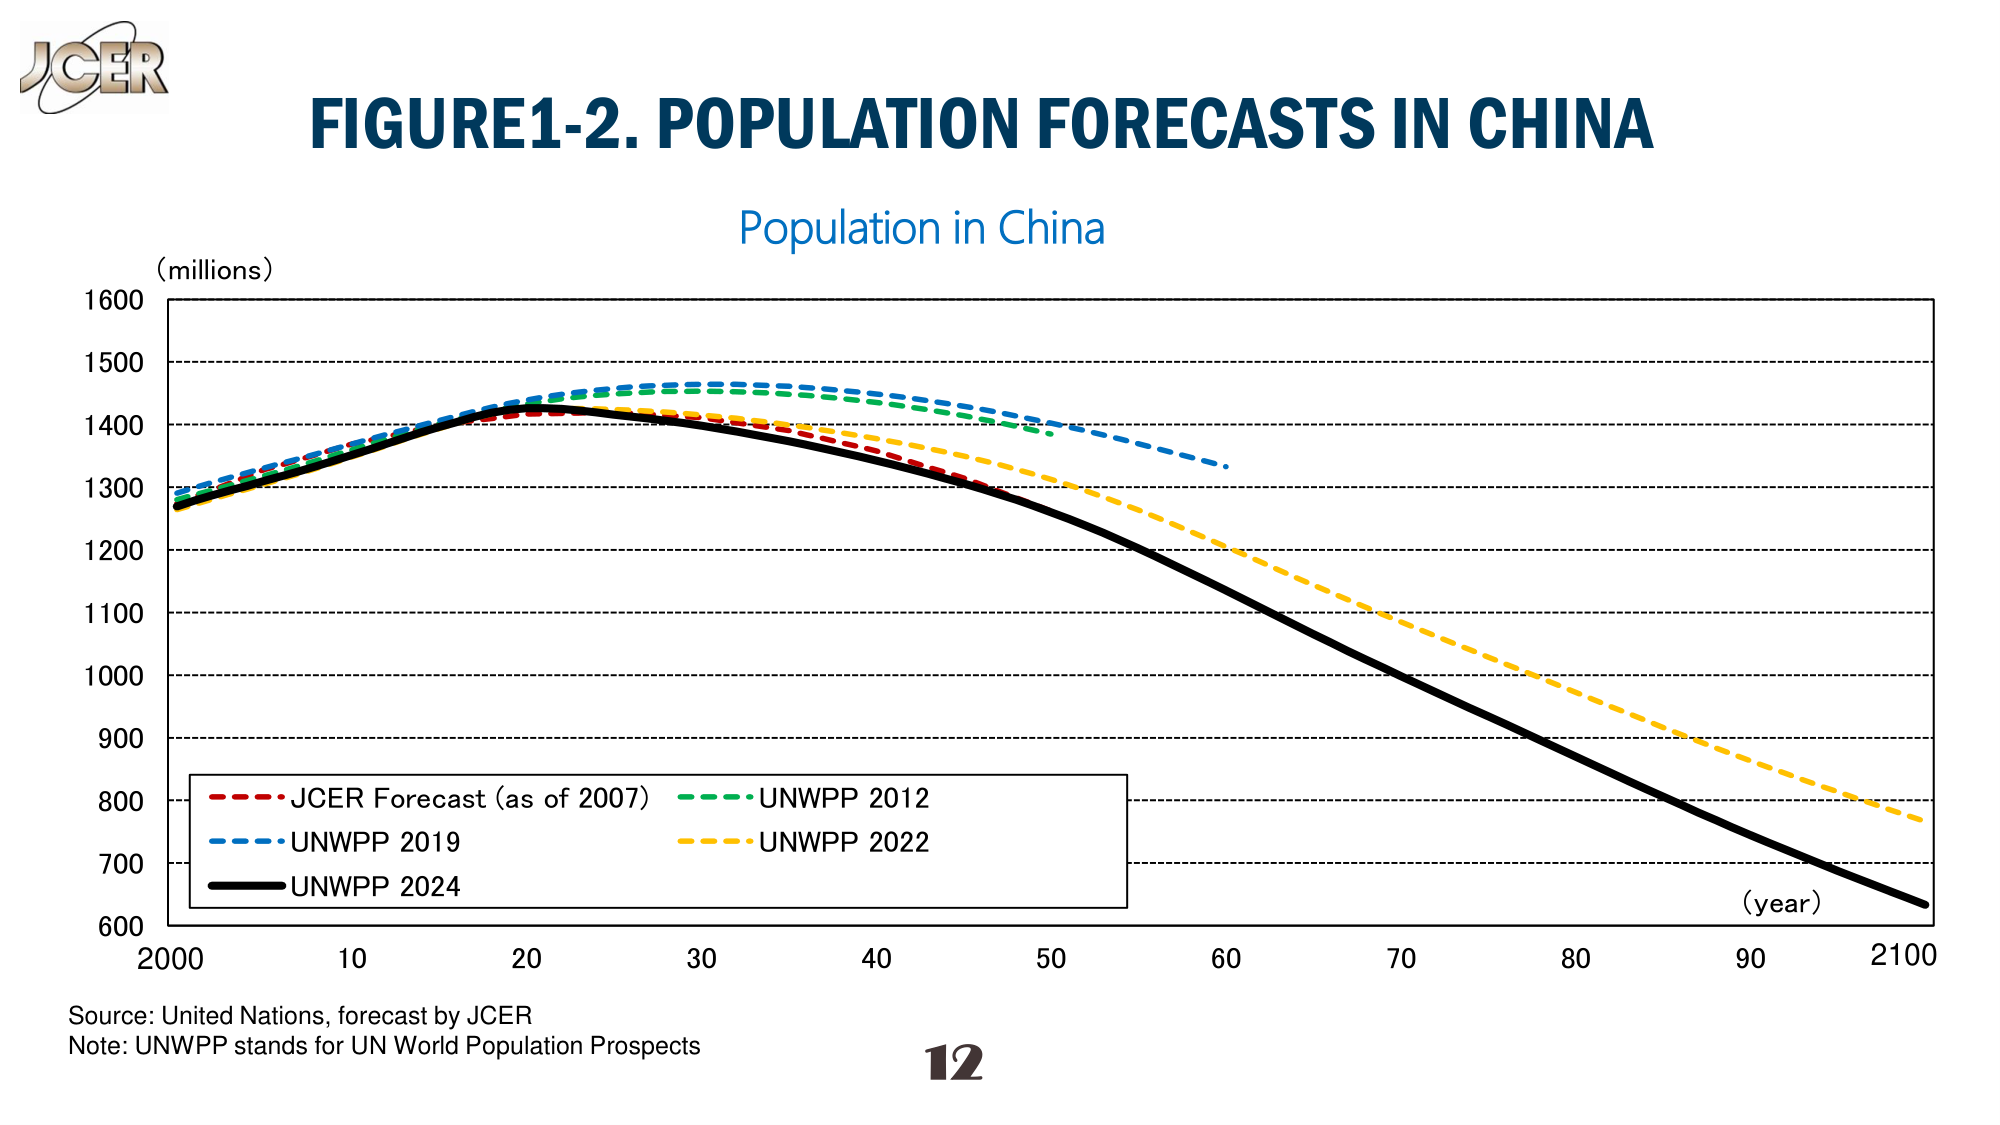
JGER
FIGURE1-2. POPULATION FORECASTS IN CHINA
Population in China
(millions)
1600
1500
1400
1300
1200
1100
1000
900
800
700
600
2000 10 20 30 40 50 60 70 80 90 2100
(year)
- JGER Forecast (as of 2007)
- UNWPP 2012
- UNWPP 2019
- UNWPP 2022
- UNWPP 2024
Source: United Nations, forecast by JGER
Note: UNWPP stands for UN World Population Prospects
12